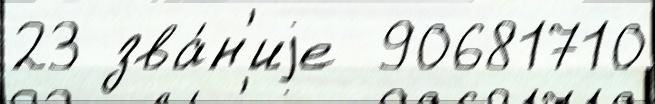
23 зва́н'иjе  90681710